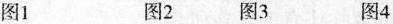
图1 图2 图3 图4